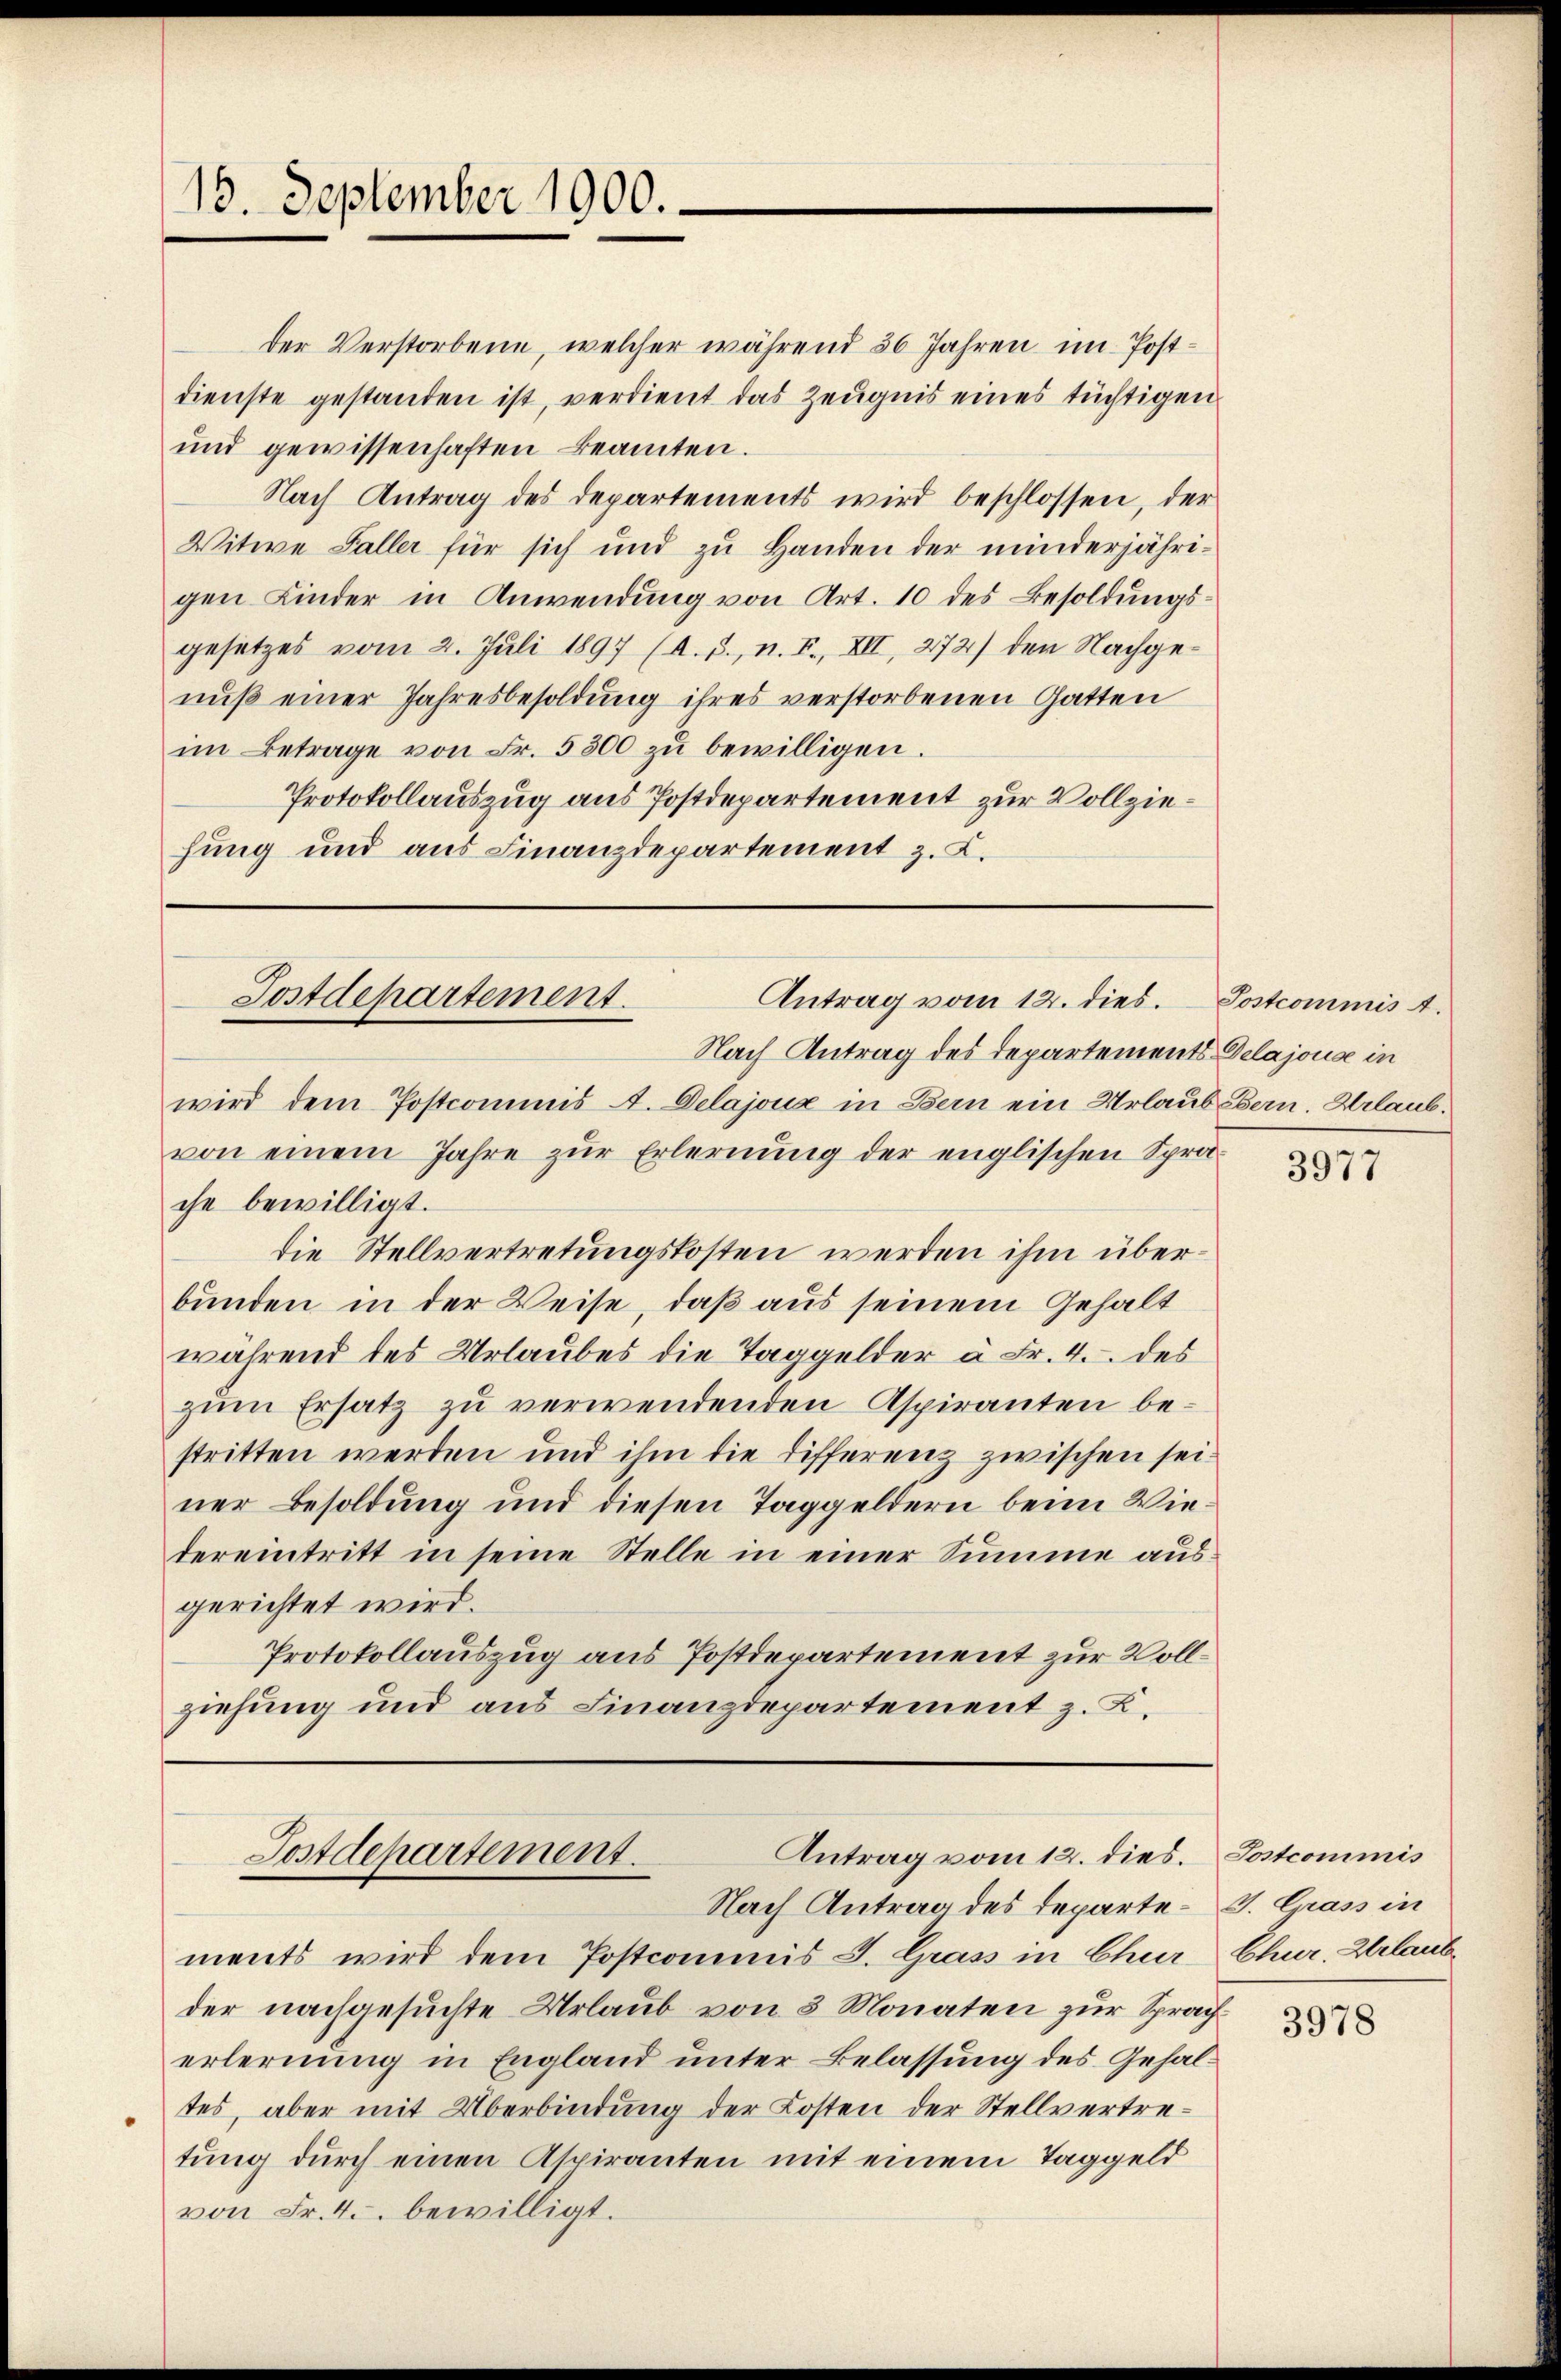
15. September 1900.

der Verstorbene, welcher während 36 Jahren im Postdienste gestanden ist, verdient das Zeugnis eines tüchtigen
und gewissenhaften Beamten.
Nach Antrag des Departements wird beschlossen, der
Witwe Faller für sich und zu Handen der minderjährigen Kinder in Anwendung von Art. 10 des Besoldungsgesetzes vom 2. Juli 1897 (A. J., n. F., VII, 272) den Nachgenuß einer Jahresbesoldung ihres verstorbenen Gatten
im Betrage von Fr. 5300 zŭ bewilligen.
Protokollauszug aus Postdepartement zur Vollziehung und aus Finanzdepartement z. B.

Nach Antrag des Departements Delajouse in
wird dem Postcommis A. Delajoux in Bern ein Urlaub Ebern. Urlaubvon einem Jahre zŭr Erlernung der englischen Sprache bewilligt.
die Stellvertretungskosten werden ihm überbunden in der Weise, daß aus seinem Gehalt
während des Urlaubes die Taggelder à Fr. 4. des
zum Ersatz zu verwendenden Aspiranten bestritten werden und ihm die Differenz zwischen seiner Besoldung und diesen Taggeldern beim Wiedereintritt in seine Stelle in einer Summe ausgerichtet wird.
Protokollauszug aus Postdepartement zur Vollziehung und aus Finanzdepartement z. B.

Postdepartement.
Antrag vom 12. dies. Postcommis .

Nach Antrag des Departe-S. Grass in
ments wird dem Postcommis J. Grass in Chur
der nachgesuchte Urlaub von 3 Monaten zur Spracherlernung in England unter Belassung des Gehaltes, aber mit Überbindung der Kosten der Stellvertretung durch einen Aspiranten mit einem Taggeld
von Fr. 4. bewilligt.

Antrag vom 12. dies. Jostcommis
Postdepartement.

3977

Chur, Urlaub

3978